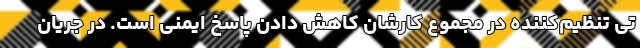
تی تنظیم‌کننده در مجموع کارشان کاهش دادن پاسخ ایمنی است. در جریان